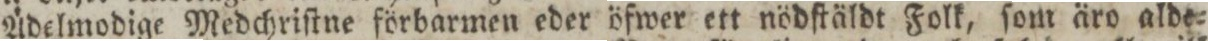
Ådelmodige Medchriſtne förbarmen eder öfwer ett nödſtäldt Folk, ſom äro alde=